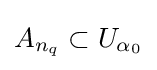
A_{n_{q}}\subset U_{\alpha _{0}}